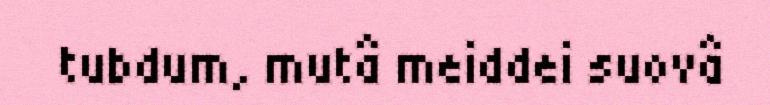
tubdum, mutâ meiddei suovâ